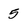
Character: 5